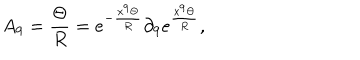
LaTeX: A _ { 9 } = \frac { \Theta } { R } = e ^ { - \frac { x ^ { 9 } \Theta } { R } } \partial _ { 9 } e ^ { \frac { x ^ { 9 } \Theta } { R } } ,